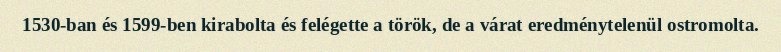
1530-ban és 1599-ben kirabolta és felégette a török, de a várat eredménytelenül ostromolta.